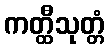
ကတ္ထီသုတ္တံ